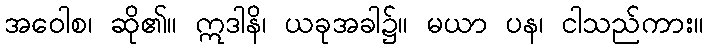
အဝေါစ၊ ဆို၏။ ဣဒါနိ၊ ယခုအခါ၌။ မယာ ပန၊ ငါသည်ကား။